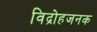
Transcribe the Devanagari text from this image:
विद्रोहजनक